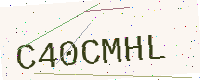
Text: C40CMHL